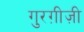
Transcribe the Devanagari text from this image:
गुरग़ीज़ी